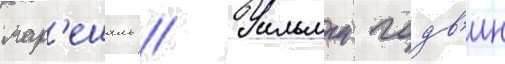
мар'ешаль // Уильям годв'ин